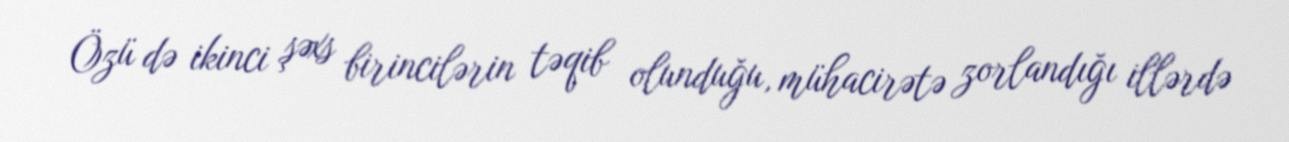
Özü də ikinci şəxs birincilərin təqib olunduğu, mühacirətə zorlandığı illərdə